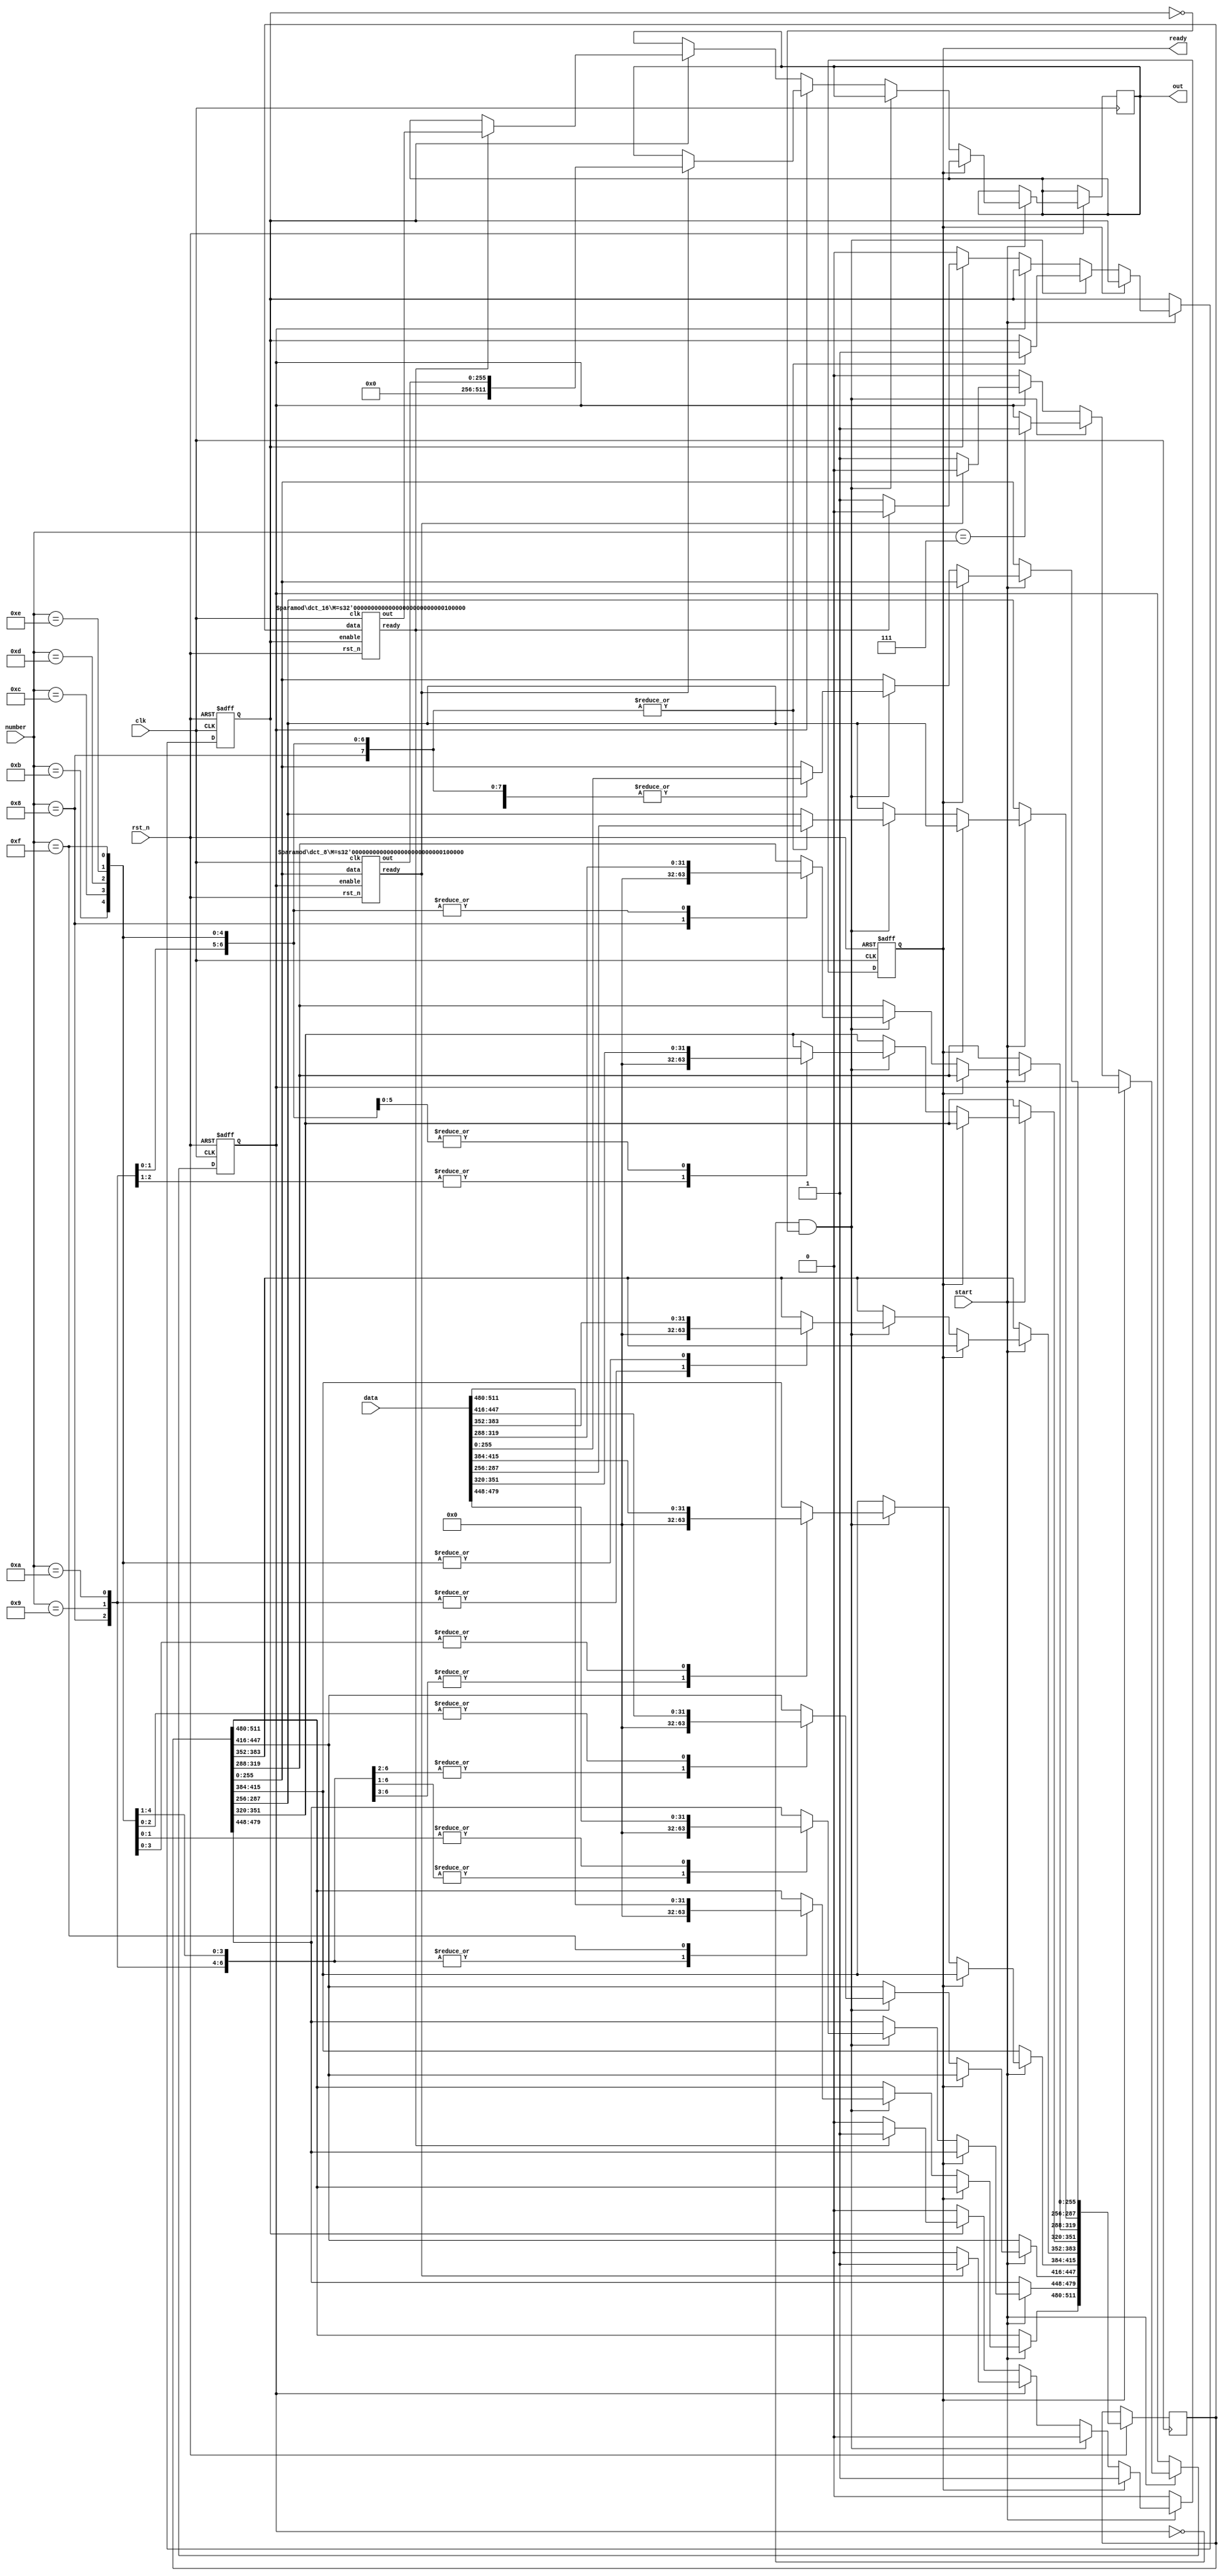
`timescale 1ns/100ps
module dct_top #(
    parameter M=32
) (
    input [M*16-1:0] data,
    input [3:0] number,
    input clk,
    input start,
    input rst_n,
    output ready,
    output [M*16-1:0] out
);
reg [M*16-1:0] temp_in;
wire [M*8-1:0] temp_out8;
wire [M*16-1:0] temp_out16;
reg [M*16-1:0] final_out;
reg go8, go16, rdy;
wire rdy8, rdy16;

assign out = final_out;
assign ready =rdy;

always @(posedge clk , negedge rst_n) begin
    if (!rst_n) begin
        go8<=0;
        go16<=0;
        rdy<=0;
    end
    else if(start) begin
	if(!rdy) begin
        if ( (~go8) & (~go16) ) begin
            case (number)
            7:begin
                go8<=1;
                temp_in [M*8-1:0] <= data [M*8-1:0];
            end
            8: begin
                go16<=1;
                temp_in[M*9-1:0] <= data [M*9-1:0];
                temp_in[M*16-1:M*9] <= 0;
            end
            9: begin
                go16<=1;
                temp_in[M*10-1:0] <= data [M*10-1:0];
                temp_in[M*16-1:M*10] <= 0;
            end
            10: begin
                go16<=1;
                temp_in[M*11-1:0] <= data [M*11-1:0];
                temp_in[M*16-1:M*11] <= 0;
            end
            11: begin
                go16<=1;
                temp_in[M*12-1:0] <= data [M*12-1:0];
                temp_in[M*16-1:M*12] <= 0;
            end
            12: begin
                go16<=1;
                temp_in[M*13-1:0] <= data [M*13-1:0];
                temp_in[M*16-1:M*13] <= 0;
            end
            13: begin
                go16<=1;
                temp_in[M*14-1:0] <= data [M*14-1:0];
                temp_in[M*16-1:M*14] <= 0;
            end
            14: begin
                go16<=1;
                temp_in[M*15-1:0] <= data [M*15-1:0];
                temp_in[M*16-1:M*15] <= 0;
            end
            15:begin
                go16<=1;
                temp_in <= data ;
            end
            endcase
        end
        else if(go8) begin
            if (rdy8) begin
                rdy<=1;
                go8<=0;
                final_out <={ M*8'b0, temp_out8};
            end
        end
        else if(go16) begin
            if (rdy16) begin
                rdy<=1;
                go16<=0;
                final_out<=temp_out16;
            end
        end
	end 
    end
    else begin
	rdy<=0;
    end 
end
dct_8 #(.M(M)) u_dct_8(temp_in[M*8-1:0], go8, clk, rst_n, rdy8, temp_out8);
dct_16 #(.M(M)) u_dct_16(temp_in ,go16,clk, rst_n, rdy16 , temp_out16);
endmodule

module dct_8 #(
    parameter M=8
) (
    input [M*8-1:0] data,
    input enable,
    input clk,
    input rst_n,
    output ready,
    output [M*8-1:0] out
);

reg signed [M-1:0] temp [7:0];
reg rdy=1'b0;
reg [1:0] stat=2'b00;
always @(posedge clk, negedge rst_n ) begin
    if (!rst_n) begin
        stat<=2'b00;
        rdy <= 1'b0;
    end
    else begin
        if(enable) begin
        case (stat)
            2'b00: begin	    	
                    rdy <= 0;
                    temp[0] <=  data[M-1:0] + data[M*8-1:M*7];
                    temp[7] <=  data[M-1:0] - data[M*8-1:M*7];
                    temp[1] <=  data[M*2-1:M] + data[M*7-1:M*6];
                    temp[6] <=  data[M*2-1:M] - data[M*7-1:M*6];
                    temp[2] <=  data[M*3-1:M*2] + data[M*6-1:M*5];
                    temp[5] <=  data[M*3-1:M*2] - data[M*6-1:M*5];
                    temp[3] <=  data[M*4-1:M*3] + data[M*5-1:M*4];
                    temp[4] <=  data[M*4-1:M*3] - data[M*5-1:M*4];
                    stat<=stat+1;
            end
            2'b01:begin
                temp[0] <= temp[0] + temp[3];
                temp[3] <= temp[0] - temp[3];
                temp[1] <= temp[1] + temp[2];
                temp[2] <= temp[1] - temp[2];
                temp[4] <= temp[4]*213 + temp[7]*142;
                temp[7] <= temp[7]*213 - temp[4]*142;
                temp[5] <= temp[5]*251 + temp[6]*50;
                temp[6] <= temp[6]*251 - temp[5]*50;
                stat<=stat+1;
            end
            2'b10:begin
                temp[0] <= (temp[0] + temp[1])<<<16;
                temp[1] <= (temp[0] - temp[1])<<<16;
                temp[2] <= (temp[2]*139 + temp[3]*334)<<<8;
                temp[3] <= (temp[3]*139 - temp[2]*334)<<<8;
                temp[4] <= (temp[7] + temp[5] - temp[4] - temp[6])<<<8;
                temp[6] <= (temp[4] - temp[6])*362;
                temp[7] <= (temp[7] + temp[5] + temp[4] + temp[6])<<<8;
                temp[5] <= (temp[7] - temp[5])*362;
                stat<=2'b00;
                rdy<=1;
            end
        endcase
	end
        else begin stat<=2'b00;
	end
    end
end

assign out[M-1:0] = temp[0];
assign out[M*5-1:M*4] = temp[1];
assign out[M*3-1:M*2] = temp[2];
assign out[M*7-1:M*6] = temp[3];
assign out[M*4-1:M*3] = temp[5];
assign out[M*6-1:M*5] = temp[6];
assign out[M*8-1:M*7] = temp[4];
assign out[M*2-1:M] =  temp[7];
assign ready =rdy;
endmodule



module dct_16 #(
    parameter M=8
) (
    input [M*16-1:0] data,
    input enable,
    input clk,
    input rst_n,
    output ready,
    output [M*16-1:0] out
);

reg rdy=0;

reg signed [M-1:0] temp [15:0];
reg [2:0] stat;
always @(posedge clk, negedge rst_n ) begin
    if (!rst_n) begin
        stat<=3'b000;
        rdy <= 0;
    end
    else begin
	if(enable) begin
        case (stat)
            3'b000: begin
                
                    rdy <= 0;
                    temp[0] <= data[M-1:0] + data[M*16-1:M*15];
                    temp[15] <= data[M-1:0] - data[M*16-1:M*15];
                    temp[1] <= data[M*2-1:M] + data[M*15-1:M*14];
                    temp[14] <= data[M*2-1:M] - data[M*15-1:M*14];
                    temp[2] <= data[M*3-1:M*2] + data[M*14-1:M*13];
                    temp[13] <= data[M*3-1:M*2] - data[M*14-1:M*13];
                    temp[3] <= data[M*4-1:M*3] + data[M*13-1:M*12];
                    temp[12] <= data[M*4-1:M*3] - data[M*13-1:M*12];
                    temp[4] <= data[M*5-1:M*4] + data[M*12-1:M*11];
                    temp[11] <= data[M*5-1:M*4] - data[M*12-1:M*11];
                    temp[5] <= data[M*6-1:M*5] + data[M*11-1:M*10];
                    temp[10] <= data[M*6-1:M*5] - data[M*11-1:M*10];
                    temp[6] <= data[M*7-1:M*6] + data[M*10-1:M*9];
                    temp[9] <= data[M*7-1:M*6] - data[M*10-1:M*9];
                    temp[7] <= data[M*8-1:M*7] + data[M*9-1:M*8];
                    temp[8] <= data[M*8-1:M*7] - data[M*9-1:M*8];
                    stat<=stat+1;
               
            end
            3'b001:begin
                temp[0] <= temp[0] + temp[7];
                temp[7] <= temp[0] - temp[7];
                temp[1] <= temp[1] + temp[6];
                temp[6] <= temp[1] - temp[6];
                temp[2] <= temp[2] + temp[5];
                temp[5] <= temp[2] - temp[5];
                temp[3] <= temp[3] + temp[4];
                temp[4] <= temp[3] - temp[4];
                temp[8] <= temp[8]*198 + temp[15]*162;
                temp[15] <= temp[15]*198 - temp[8]*162;
                temp[9] <= temp[9]*121 - temp[14]*225;
                temp[14] <= temp[14]*121 + temp[9]*225;
                temp[10] <= temp[10]*245 + temp[13]*74;
                temp[13] <= temp[13]*245 - temp[10]*74;
                temp[11] <= temp[11]*25 - temp[12]*255;
                temp[12] <= temp[12]*25 + temp[11]*255;
                stat<=stat+1;
            end
            3'b010:begin
                temp[0] <= temp[0] + temp[3];
                temp[3] <= temp[0] - temp[3];
                temp[1] <= temp[1] + temp[2];
                temp[2] <= temp[1] - temp[2];
                temp[4] <= temp[4]*50 + temp[7]*251;
                temp[7] <= temp[7]*50 - temp[4]*251;
                temp[5] <= temp[5]*142 + temp[6]*213;
                temp[6] <= temp[6]*142 - temp[5]*213;
                temp[8] <= temp[8] + temp[11];
                temp[11] <= temp[8] - temp[11];
                temp[9] <= temp[9] + temp[10];
                temp[10] <= temp[9] - temp[10];
                temp[12] <= temp[12] + temp[15];
                temp[15] <= temp[12] - temp[15];
                temp[13] <= temp[13] + temp[14];
                temp[14] <= temp[13] - temp[14];
                stat<=stat+1;
            end
            3'b011:begin
                temp[0] <= temp[0] + temp[1];
                temp[1] <= temp[0] - temp[1];
                temp[2] <= temp[2]*138 + temp[3]*334;
                temp[3] <= temp[3]*138 - temp[2]*334;
                temp[4] <= temp[4] + temp[5];
                temp[5] <= temp[4] - temp[5];
                temp[6] <= temp[7] - temp[6];
                temp[7] <= temp[7] + temp[6];
                temp[8] <= temp[8] + temp[14];
                temp[14] <= temp[8] - temp[14];
                temp[9] <= temp[9] + temp[15];
                temp[15] <= temp[9] - temp[15];
                temp[10] <= temp[10] + temp[11];
                temp[11] <= temp[10] - temp[11];
                temp[12] <= temp[12] + temp[13];
                temp[13] <= temp[12] - temp[13];
                stat<=stat+1;
            end
            3'b100:begin
                temp[0] <= temp[0]<<<16;
                temp[1] <= temp[1]<<<16;
                temp[2] <= temp[2]<<<8;
                temp[3] <= temp[3]<<<8;
                temp[4] <= temp[4]*362 ;
                temp[6] <= temp[6]*362 ;
                temp[5] <= (temp[5] + temp[7])<<<8;
                temp[7] <= (temp[5] - temp[7])<<<8;
                temp[8] <= temp[8]*138 - temp[9]*334;
                temp[9] <= temp[9]*138 + temp[8]*334;
                temp[10] <= temp[10]*362;
                temp[13] <= temp[13]*362;
                temp[11] <= (temp[11] + temp[12])<<<8;
                temp[12] <= ~((temp[11] - temp[12])<<<8);
                temp[14] <= ~(temp[14]*138 - temp[15]*334);
                temp[15] <= temp[15]*138 + temp[14]*334;
                stat<=3'b000;
                rdy<=1;  
            end
        endcase
	end
	else begin stat<=3'b000;
	end
    end
end

assign out = {temp[11],temp[6],temp[9],temp[3],temp[14],temp[7],temp[10],
temp[1],temp[13],temp[5],temp[15],temp[2],temp[8],temp[4],temp[12],temp[0]};
assign ready =rdy;
endmodule